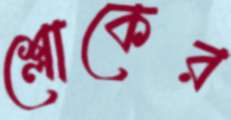
শ্লোকের